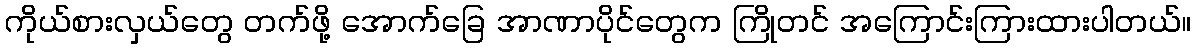
ကိုယ်စားလှယ်တွေ တက်ဖို့ အောက်ခြေ အာဏာပိုင်တွေက ကြိုတင် အကြောင်းကြားထားပါတယ်။